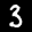
Label: 3